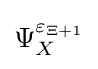
\Psi _{X}^{\varepsilon _{\Xi +1}}